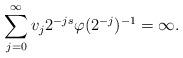
LaTeX: \begin{align*}\sum_{j=0}^\infty v_j2^{-js}\varphi(2^{-j})^{-1}= \infty . \end{align*}